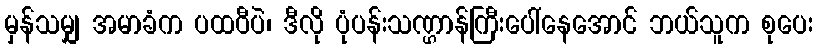
မှန်သမျှ အမာခံက ပထဝီပဲ၊ ဒီလို ပုံပန်းသဏ္ဌာန်ကြီးပေါ်နေအောင် ဘယ်သူက စုပေး